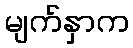
မျက်နှာက